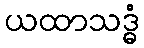
ယထာသဒ္ဓံ